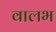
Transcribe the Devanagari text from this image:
वालभ